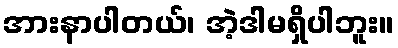
အားနာပါတယ်၊ အဲ့ဒါမရှိပါဘူး။